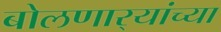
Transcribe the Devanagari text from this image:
बोलणार्‍यांच्या